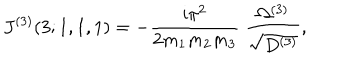
LaTeX: J ^ { ( 3 ) } ( 3 ; 1 , 1 , 1 ) = - \frac { \mathrm { i } \pi ^ { 2 } } { 2 m _ { 1 } m _ { 2 } m _ { 3 } } \; \frac { \Omega ^ { ( 3 ) } } { \sqrt { D ^ { ( 3 ) } } } ,